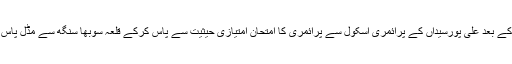
اس کے بعد علی پورسیّداں کے پرائمری اسکول سے پرائمری کا امتحان امتیازی حیثیت سے پاس کرکے قلعہ سُوبھا سنگھ سے مڈل پاس کیا۔